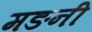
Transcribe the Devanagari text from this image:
मङनी